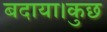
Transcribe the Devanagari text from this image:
बदाया।कुछ